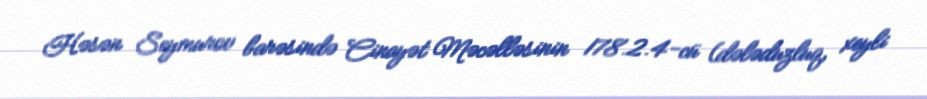
Həsən Seymurov barəsində Cinayət Məcəlləsinin 178.2.4-cü (dələduzluq, xeyli